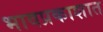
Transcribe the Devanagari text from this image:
भावप्रकाशात